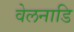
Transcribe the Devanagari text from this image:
वेलनाडि